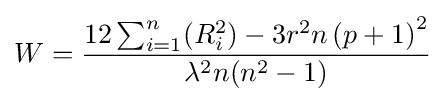
W={\frac {12\sum _{i=1}^{n}(R_{i}^{2})-3r^{2}n\left(p+1\right)^{2}}{\lambda ^{2}n(n^{2}-1)}}